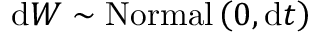
\mathrm { d } W \sim \mathrm { N o r m a l } \left( 0 , \mathrm { d } t \right)